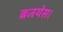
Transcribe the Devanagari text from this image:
ब्रजयेस।